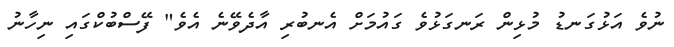
ނުވެ އަޅުގަނޑު މުޅިން ރަނގަޅުވެ ގައުމަށް އެނބުރި އާދެވޭނެ އެވެ" ފޭސްބުކްގައި ނިހާނު